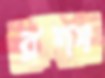
রদং